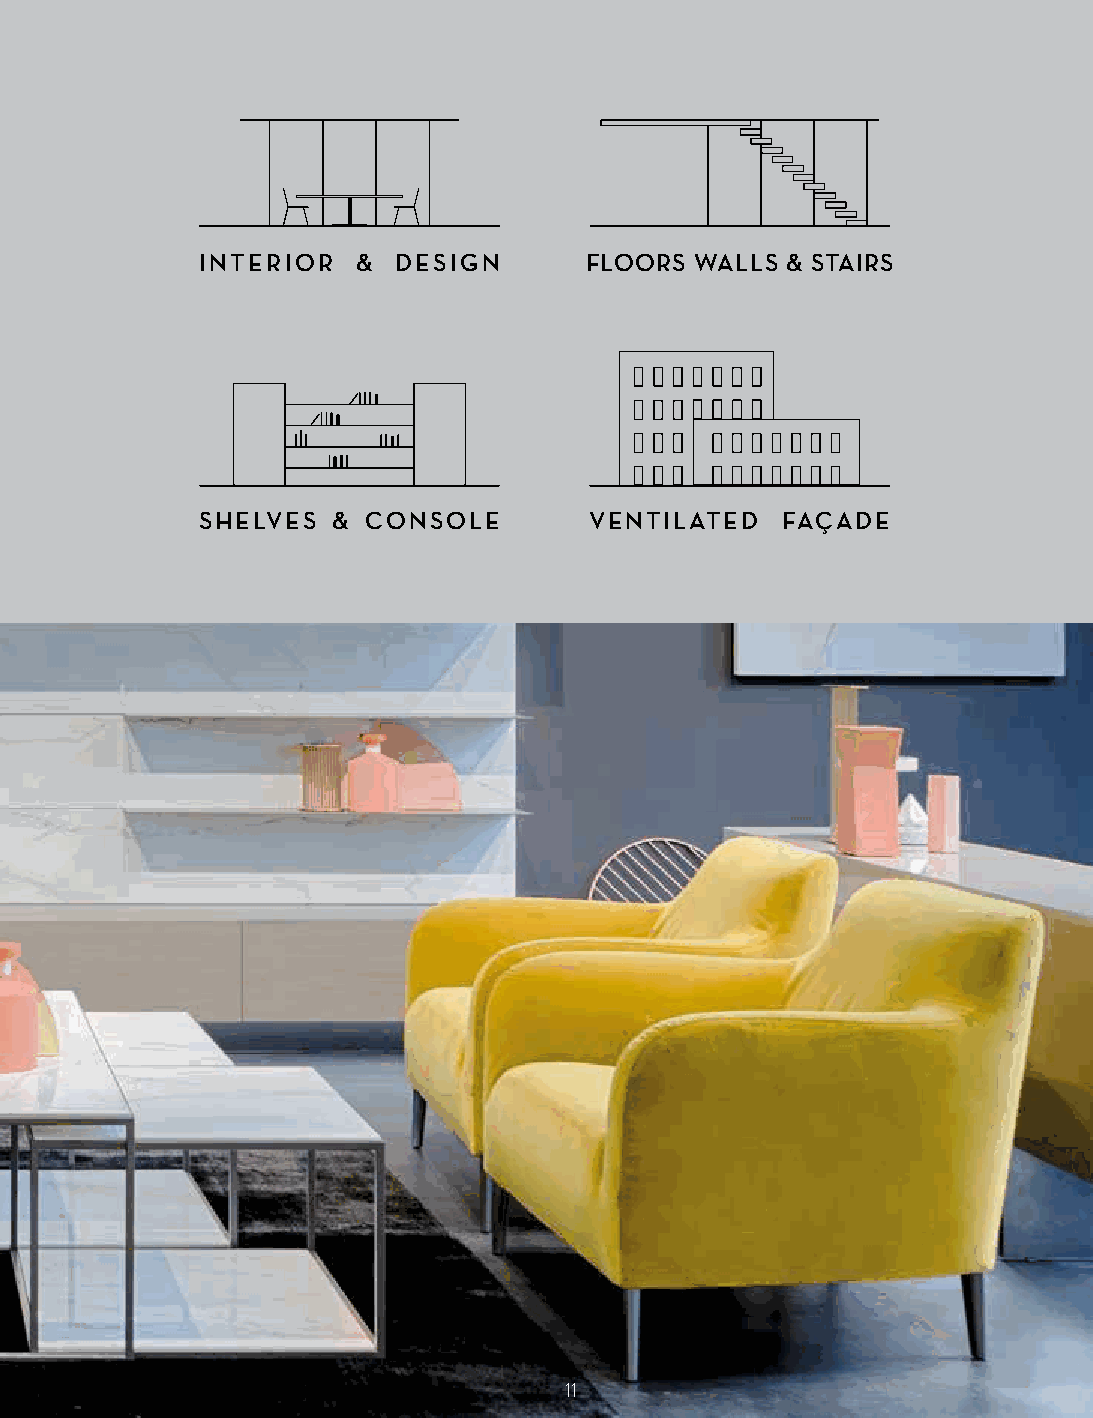
INTERIOR   & DESIGN       FLOORS WALLS & STAIRS
 SHELVES  & CONSOLE        VENTILATED   FAÇADE
 11